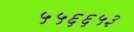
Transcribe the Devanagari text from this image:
५५६६५३